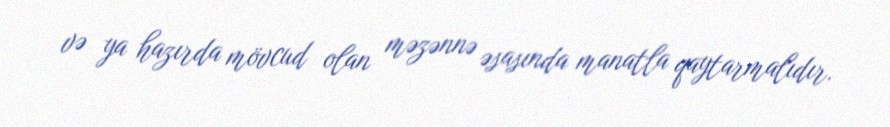
və ya hazırda mövcud olan məzənnə əsasında manatla qaytarmalıdır.